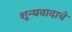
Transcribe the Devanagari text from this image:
शून्यवादाचे